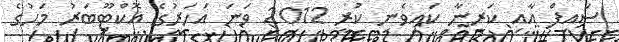
ސައިފް އާއި ކަރީނާ ކައިވެނި ކުރީ 2012 ވަނަ އަހަރުގެ އޮކްޓޫބަރު މަހުގެ